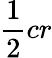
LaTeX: {\frac{1}{2}}cr